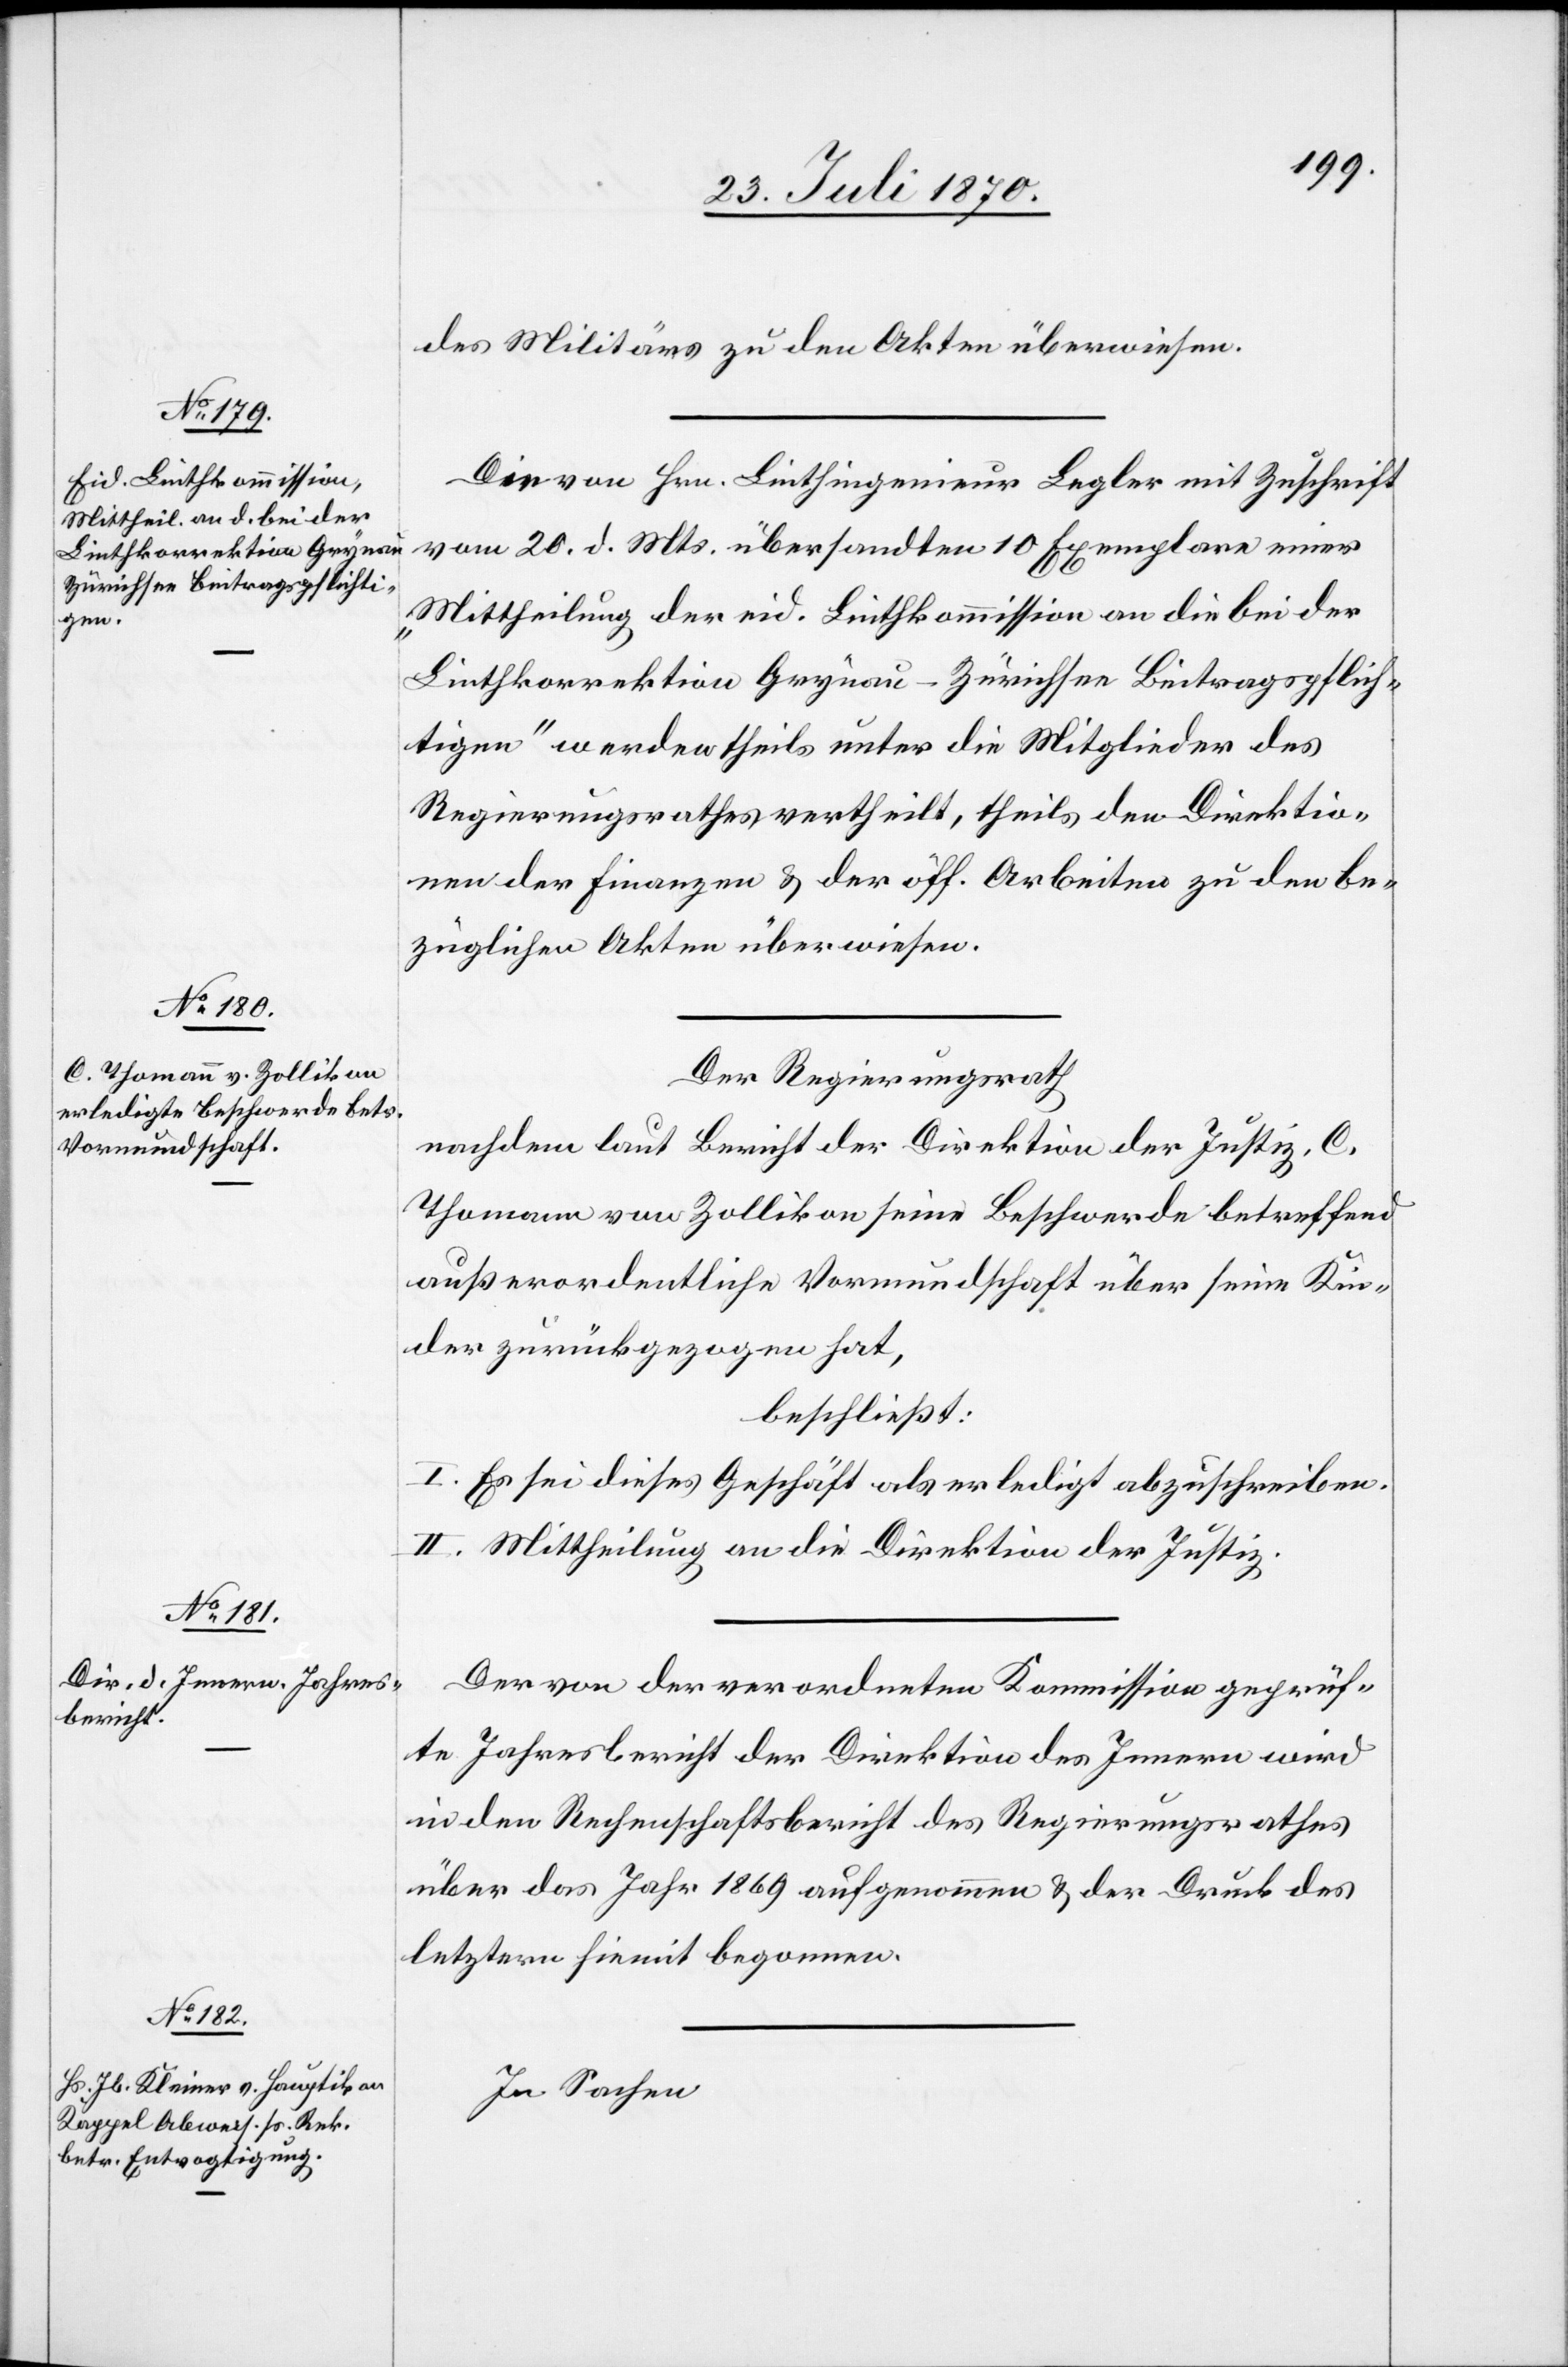
des Militärs zu den Akten überwiesen.
Die von Hrn. Linthingenieur Legler mit Zuschrift
vom 20. d. Mts. übersandten 10 Exemplare einer
„Mittheilung der eid. Linthkommission an die bei der
Linthkorrektion Grynau–Zürichsee Beitragspflich¬
tigen“ werden theils unter die Mitglieder des
Regierungsrathes vertheilt, theils den Direktio¬
nen der Finanzen & der öff. Arbeiten zu den be¬
züglichen Akten überwiesen.
Der Regierungsrath
nachdem laut Bericht der Direktion der Justiz, C.
Thomann von Zollikon seine Beschwerde betreffend
außerordentliche Vormundschaft über seine Kin¬
der zurückgezogen hat,
beschließt:
I. Es sei dieses Geschäft als erledigt abzuschreiben.
II. Mittheilung an die Direktion der Justiz.
Der von der verordneten Kommission geprüf¬
te Jahresbericht der Direktion des Innern wird
in den Rechenschaftsbericht des Regierungsrathes
über das Jahr 1869 aufgenommen & der Druck des
letztern hiemit begonnen.
In Sachen